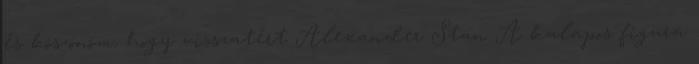
és köszönöm, hogy visszatért Alexander Stan A kalapos figura